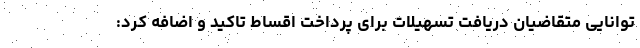
توانایی متقاضیان دریافت تسهیلات برای پرداخت اقساط تاکید و اضافه کرد: